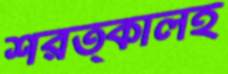
শরত্কালই